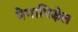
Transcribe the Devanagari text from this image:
मेगापिक्षेल